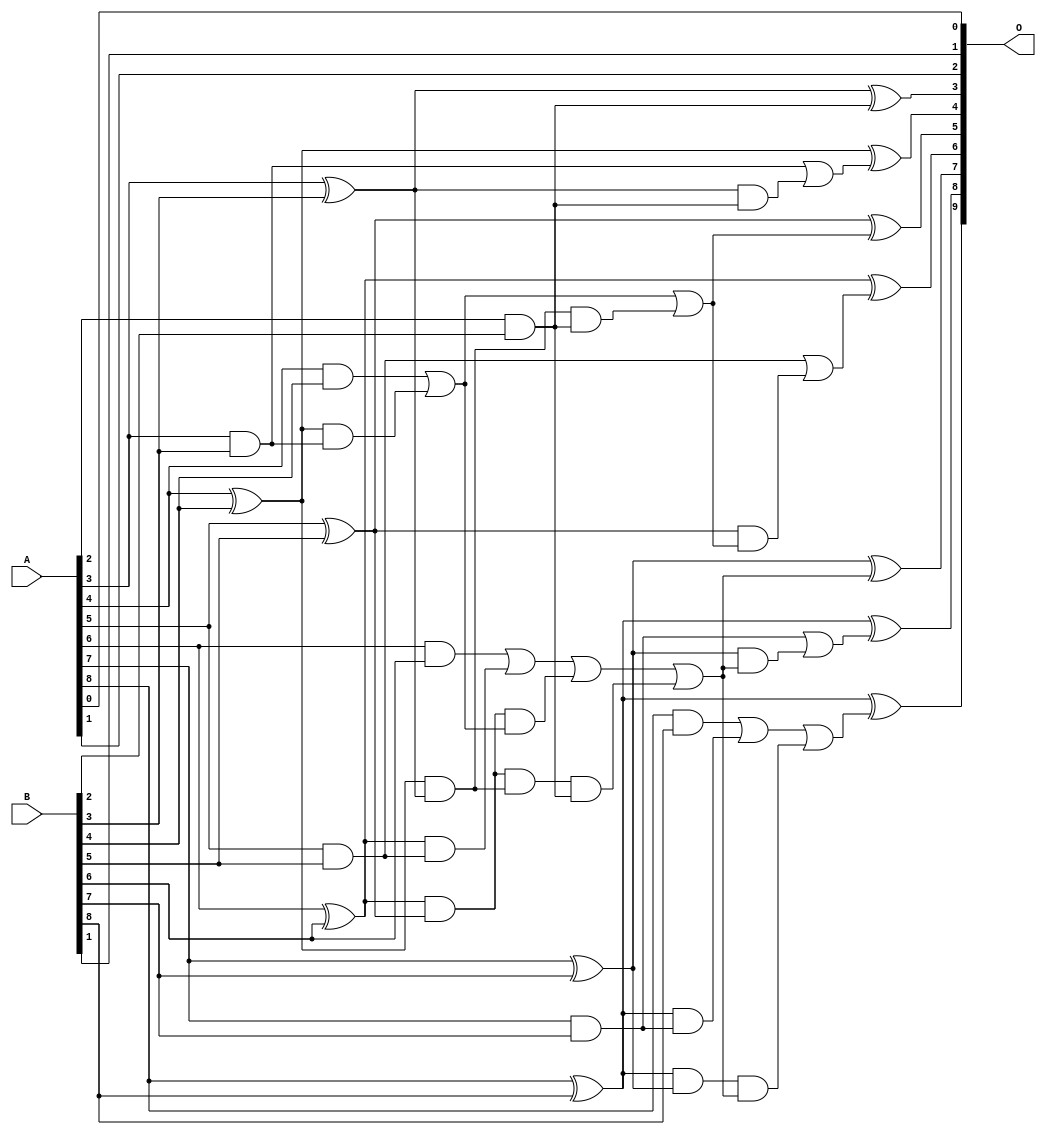
/***
* This code is a part of EvoApproxLib library (ehw.fit.vutbr.cz/approxlib) distributed under The MIT License.
* When used, please cite the following article(s): V. Mrazek, L. Sekanina, Z. Vasicek "Libraries of Approximate Circuits: Automated Design and Application in CNN Accelerators" IEEE Journal on Emerging and Selected Topics in Circuits and Systems, Vol 10, No 4, 2020 
* This file contains a circuit from a sub-set of pareto optimal circuits with respect to the pwr and wce parameters
***/
// MAE% = 0.43 %
// MAE = 2.2 
// WCE% = 0.98 %
// WCE = 5.0 
// WCRE% = 500.00 %
// EP% = 87.50 %
// MRE% = 5.17 %
// MSE = 7.5 
// PDK45_PWR = 0.029 mW
// PDK45_AREA = 60.1 um2
// PDK45_DELAY = 0.54 ns

module add9se_0A8 (
    A,
    B,
    O
);

input [8:0] A;
input [8:0] B;
output [9:0] O;

wire sig_22,sig_24,sig_25,sig_26,sig_27,sig_28,sig_29,sig_30,sig_31,sig_32,sig_33,sig_34,sig_36,sig_40,sig_41,sig_42,sig_43,sig_44,sig_45,sig_46;
wire sig_47,sig_48,sig_51,sig_52,sig_53,sig_54,sig_55,sig_56,sig_57,sig_58,sig_59,sig_62,sig_63,sig_64,sig_65,sig_66,sig_67,sig_70,sig_71,sig_72;
wire sig_73,sig_74,sig_75,sig_76;

assign sig_22 = A[2] & B[2];
assign sig_24 = A[3] & B[3];
assign sig_25 = A[3] ^ B[3];
assign sig_26 = A[4] & B[4];
assign sig_27 = A[4] ^ B[4];
assign sig_28 = A[5] & B[5];
assign sig_29 = A[5] ^ B[5];
assign sig_30 = A[6] & B[6];
assign sig_31 = A[6] ^ B[6];
assign sig_32 = A[7] & B[7];
assign sig_33 = A[7] ^ B[7];
assign sig_34 = A[8] & B[8];
assign sig_36 = A[8] ^ B[8];
assign sig_40 = sig_27 & sig_24;
assign sig_41 = sig_27 & sig_25;
assign sig_42 = sig_26 | sig_40;
assign sig_43 = sig_31 & sig_28;
assign sig_44 = sig_31 & sig_29;
assign sig_45 = sig_30 | sig_43;
assign sig_46 = sig_36 & sig_32;
assign sig_47 = sig_36 & sig_33;
assign sig_48 = sig_34 | sig_46;
assign sig_51 = sig_44 & sig_42;
assign sig_52 = sig_44 & sig_41;
assign sig_53 = sig_45 | sig_51;
assign sig_54 = sig_52 & sig_22;
assign sig_55 = sig_53 | sig_54;
assign sig_56 = sig_41 & sig_22;
assign sig_57 = sig_42 | sig_56;
assign sig_58 = sig_47 & sig_55;
assign sig_59 = sig_48 | sig_58;
assign sig_62 = sig_25 & sig_22;
assign sig_63 = sig_24 | sig_62;
assign sig_64 = sig_29 & sig_57;
assign sig_65 = sig_28 | sig_64;
assign sig_66 = sig_33 & sig_55;
assign sig_67 = sig_32 | sig_66;
assign sig_70 = sig_25 ^ sig_22;
assign sig_71 = sig_27 ^ sig_63;
assign sig_72 = sig_29 ^ sig_57;
assign sig_73 = sig_31 ^ sig_65;
assign sig_74 = sig_33 ^ sig_55;
assign sig_75 = sig_36 ^ sig_67;
assign sig_76 = sig_36 ^ sig_59;

assign O[9] = sig_76;
assign O[8] = sig_75;
assign O[7] = sig_74;
assign O[6] = sig_73;
assign O[5] = sig_72;
assign O[4] = sig_71;
assign O[3] = sig_70;
assign O[2] = A[1];
assign O[1] = B[1];
assign O[0] = A[0];

endmodule